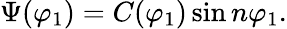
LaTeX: \Psi(\varphi_{1})=C(\varphi_{1})\sin n\varphi_{1}.